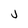
Character: j